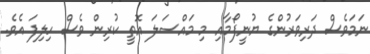
ނަމަވެސް ދަރިވަރުންގެ ޔުނީފޯމާއި މި މައްސަލަ އޮތީ ކުރިން ވެސް ހިލިފަ އެވެ.